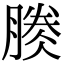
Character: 𣎎